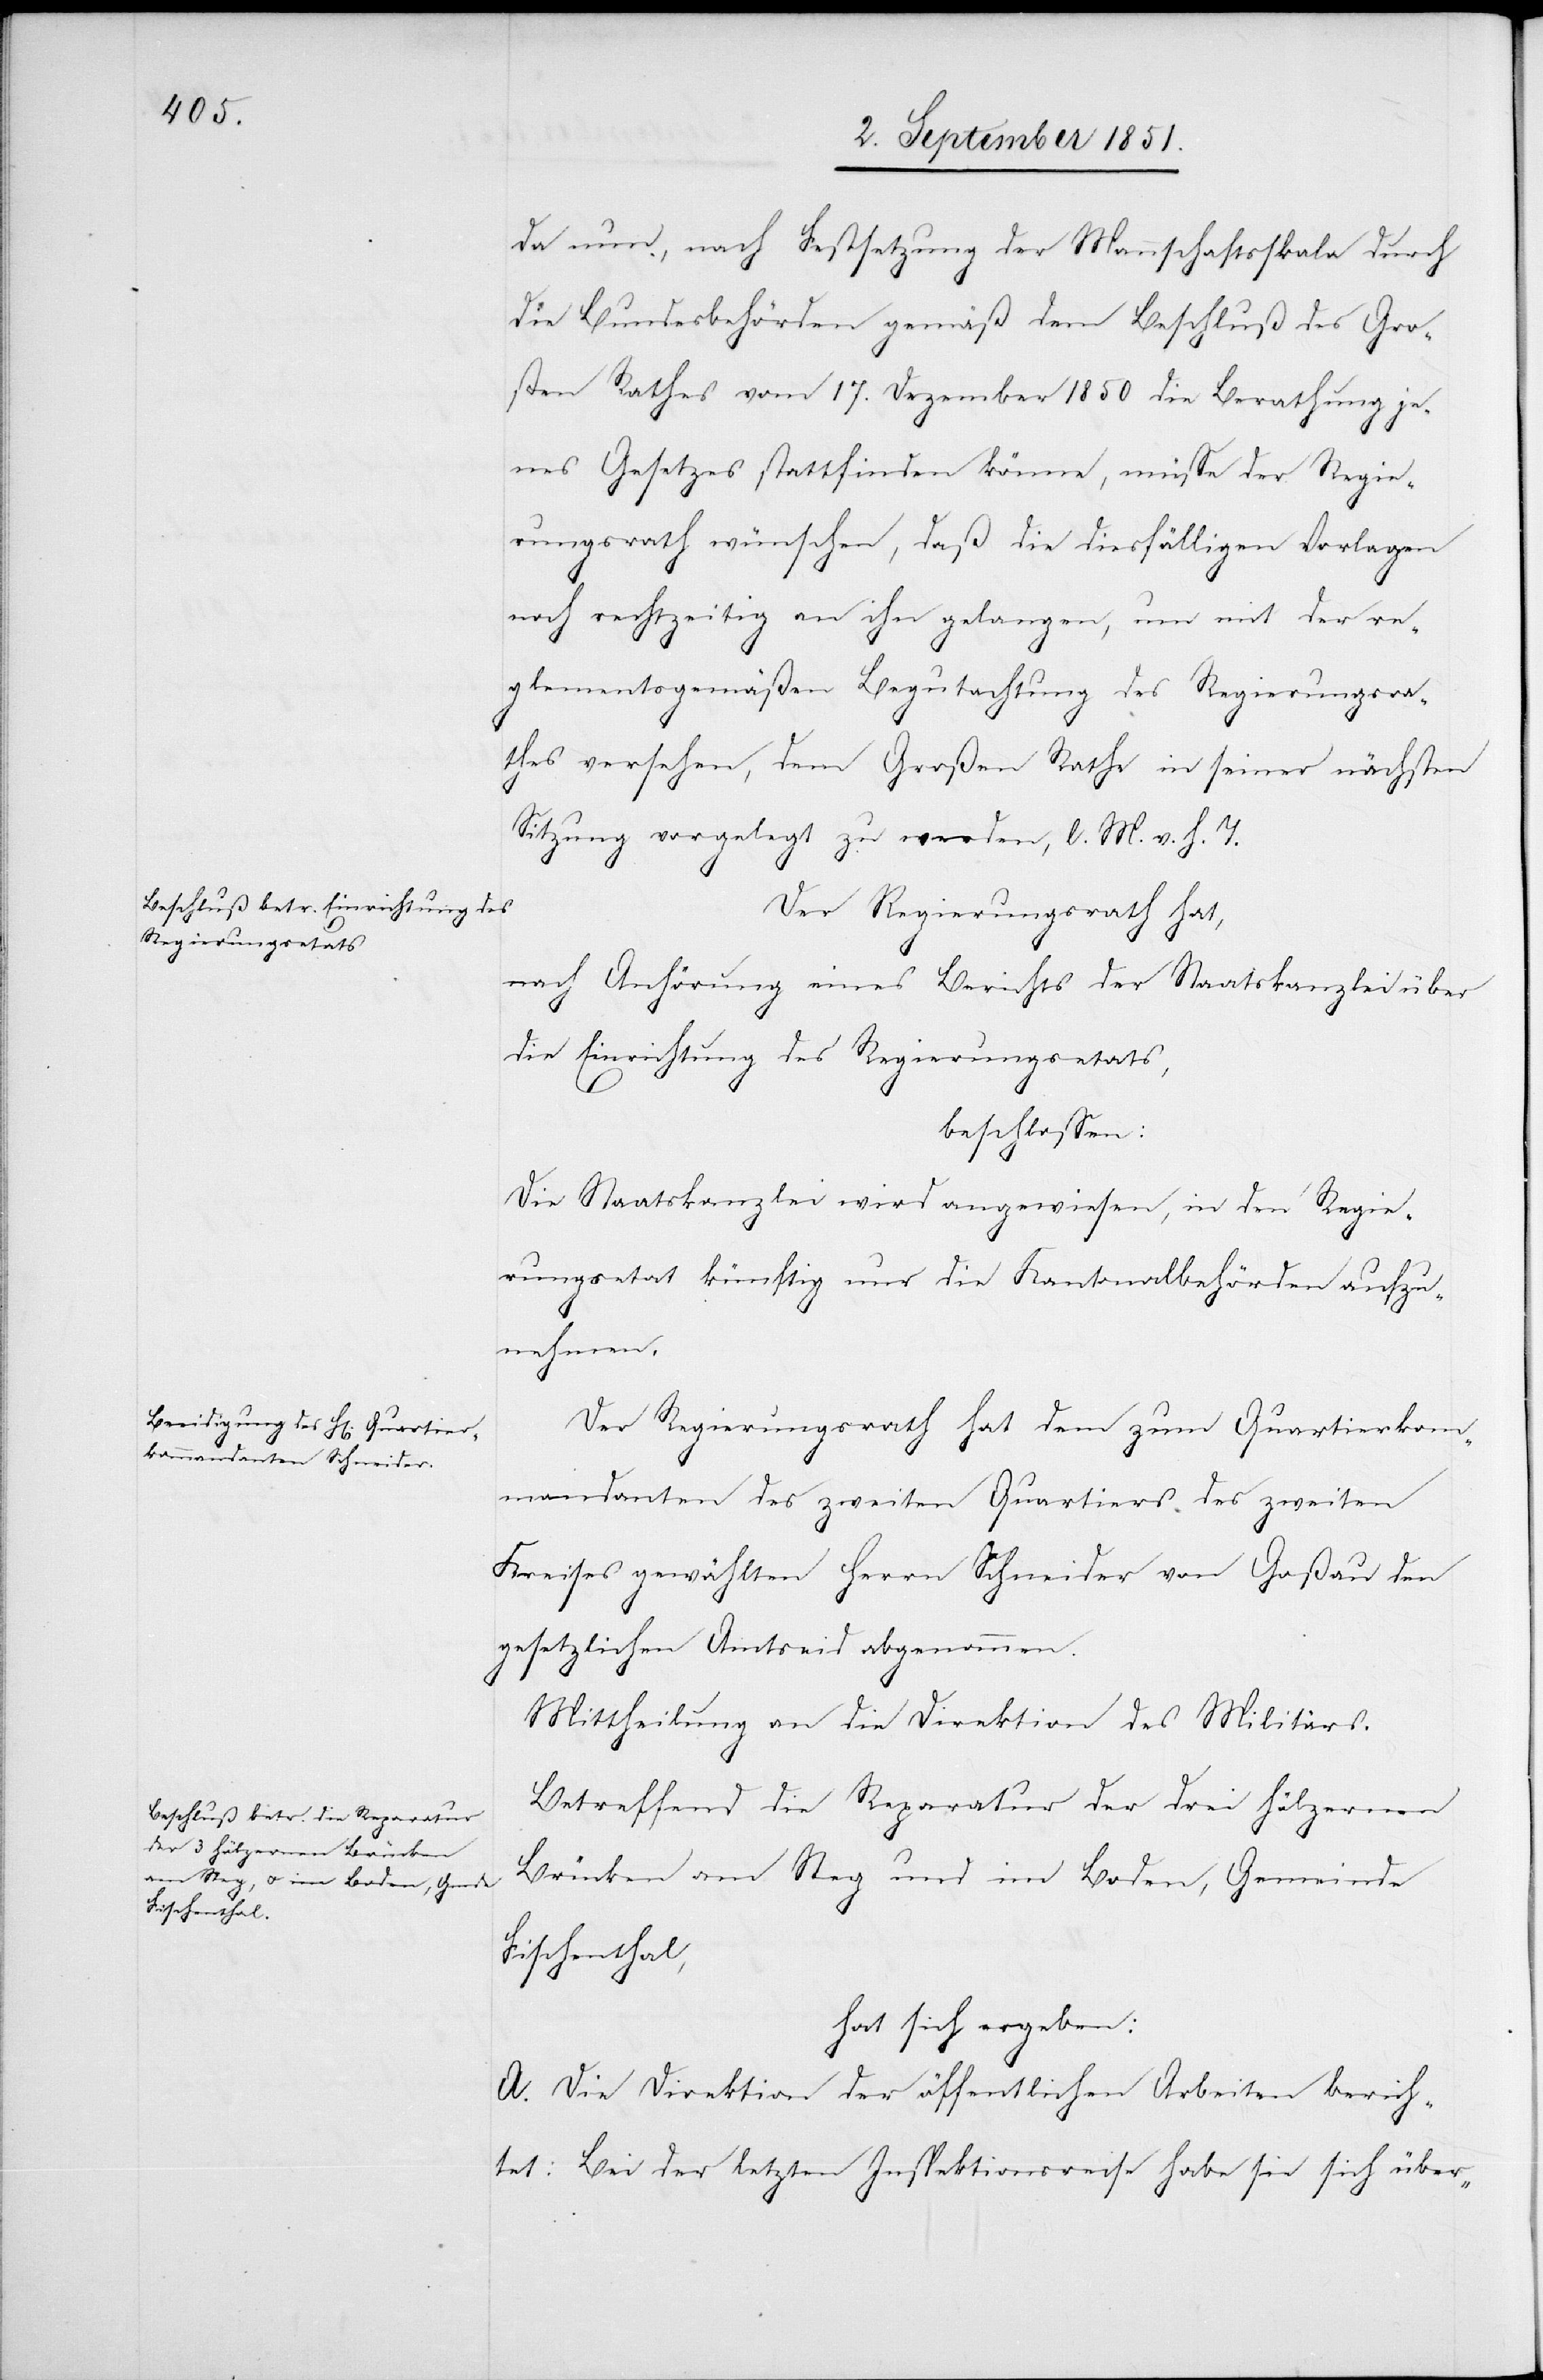
da nun, nach Festsetzung der Mannschaftsskala durch
die Bundesbehörden gemäß dem Beschluß des Gro¬
ßen Rathes vom 17. Dezember 1850 die Berathung je¬
nes Gesetzes stattfinden könne, müsse der Regie¬
rungsrath wünschen, daß die diesfälligen Vorlagen
noch rechtzeitig an ihn gelangen, um mit der re¬
glementsgemäßen Begutachtung des Regierungsrat¬
hes versehen, dem Großen Rathe in seiner nächsten
Sitzung vorgelegt zu werden, l. M. v. h. T.
Der Regierungsrath hat,
nach Anhörung eines Berichts der Staatskanzlei über
die Einrichtung des Regierungsetats,
beschlossen:
Die Staatskanzlei wird angewiesen, in den Regie¬
rungsetat künftig nur die Kantonalbehörden aufzu¬
nehmen.
Der Regierungsrath hat dem zum Quartierkom¬
mandanten des zweiten Quartiers des zweiten
Kreises gewählten Herrn Schneider von Goßau den
gesetzlichen Amtseid abgenommen.
Mittheilung an die Direktion des Militärs.
Betreffend die Reparatur der drei hölzernen
Brücken am Steg und im Boden, Gemeinde
Fischenthal,
hat sich ergeben:
A. Die Direktion der öffentlichen Arbeiten berich¬
tet: Bei der letzten Inspektionsreise habe sie sich über-